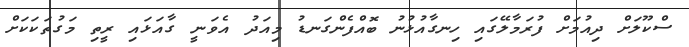
ސްކޫލަށް ދިއުމަށް ފުރަމާލޭގައި ހިނގާއުޅުނު ބޮއްފެންގަނޑު މިއަދު އެވަނީ ގާއަޅައި ރީތި މަގުތަކަކަށް